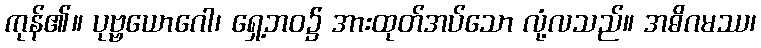
ကုန်၏။ ပုဗ္ဗယောဂေါ၊ ရှေ့ဘဝ၌ အားထုတ်အပ်သော လုံ့လသည်။ အဓိဂမဿ၊